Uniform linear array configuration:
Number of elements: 24
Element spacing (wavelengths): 0.25
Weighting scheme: exponential
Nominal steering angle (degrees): -30
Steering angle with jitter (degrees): -29.527
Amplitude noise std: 0.05
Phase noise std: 0.05

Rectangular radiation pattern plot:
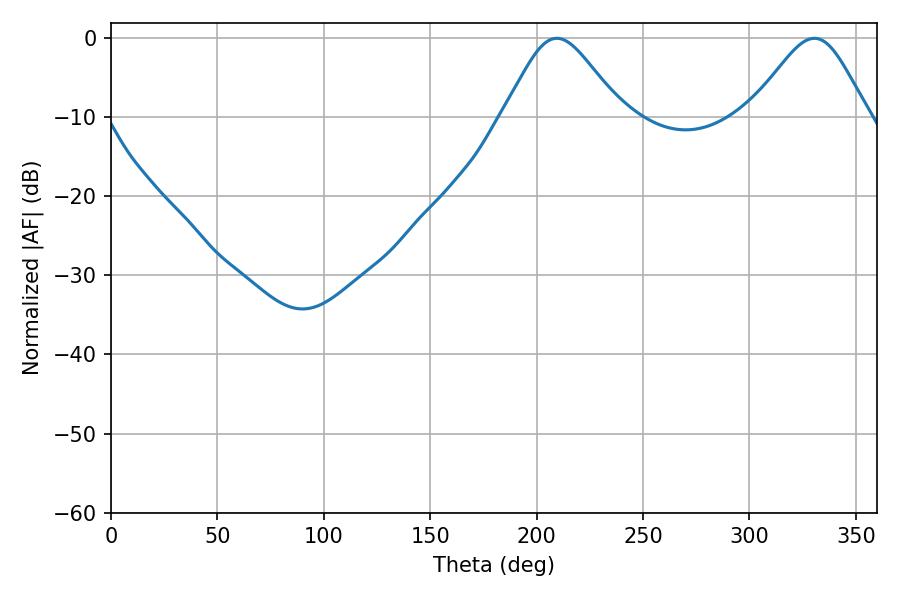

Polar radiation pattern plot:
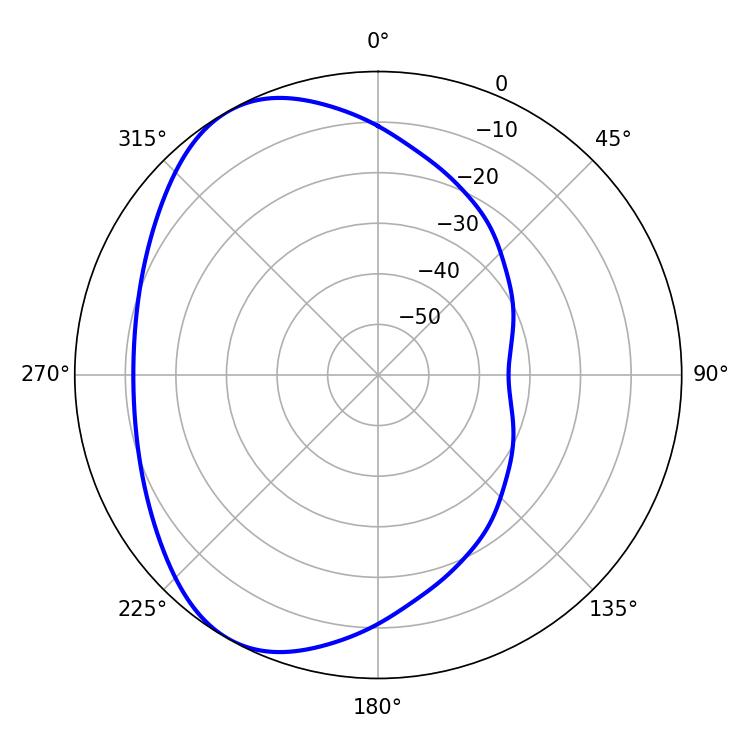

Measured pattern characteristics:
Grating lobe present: FALSE
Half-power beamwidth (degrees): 27.36
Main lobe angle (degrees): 209.52